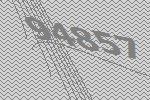
94857